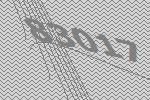
83017